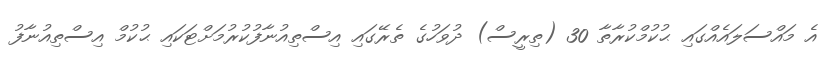
އެ މައްސަލައެއްގައި ޙުކުމްކުރާތާ 30 (ތިރީސް) ދުވަހުގެ ތެރޭގައި އިސްތިއުނާފުކުރުމަށްޓަކައި ޙުކުމް އިސްތިއުނާފު